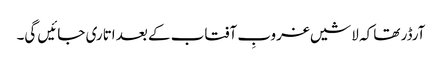
آرڈر تھا کہ لاشیں غروبِ آفتاب کے بعد اتاری جائیں گی۔